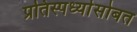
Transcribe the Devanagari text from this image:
प्रतिस्पर्ध्यासोबत